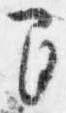
間